Indian journal of veterinary science and animal husbandry - Volume 9,
Year: 1939
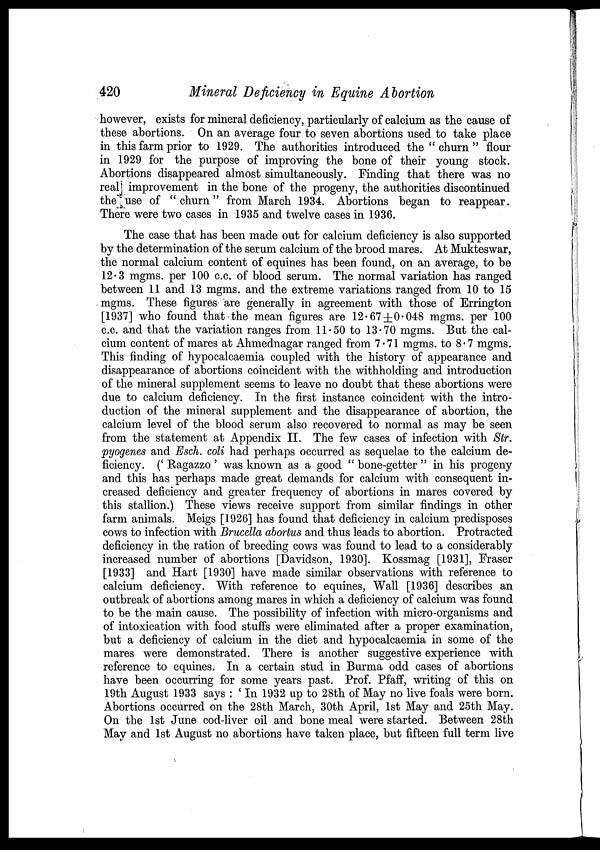
420
Mineral Deficiency in Equine Abortion
however, exists for mineral deficiency, particularly of calcium as the cause of
these abortions. On an average four to seven abortions used to take place
in this farm prior to 1929. The authorities introduced the " churn " flour
in 1929 for the purpose of improving the bone of their young stock.
Abortions disappeared almost simultaneously. Finding that there was no
real improvement in the bone of the progeny, the authorities discontinued
the use of "churn" from March 1934. Abortions began to reappear.
There were two cases in 1935 and twelve cases in 1936.
The case that has been made out for calcium deficiency is also supported
by the determination of the serum calcium of the brood mares. At Mukteswar,
the normal calcium content of equines has been found, on an average, to be
12.3 mgms. per 100 c.c. of blood serum. The normal variation has ranged
between 11 and 13 mgms. and the extreme variations ranged from 10 to 15
mgms. These figures are generally in agreement with those of Errington
[1937] who found that the mean figures are 12.67±0.048 mgms. per 100
c.c. and that the variation ranges from 11.50 to 13.70 mgms. But the cal-
cium content of mares at Ahmednagar ranged from 7.71 mgms. to 8.7 mgms.
This finding of hypocalcaemia coupled with the history of appearance and
disappearance of abortions coincident with the withholding and introduction
of the mineral supplement seems to leave no doubt that these abortions were
due to calcium deficiency. In the first instance coincident with the intro-
duction of the mineral supplement and the disappearance of abortion, the
calcium level of the blood serum also recovered to normal as may be seen
from the statement at Appendix II. The few cases of infection with Str.
pyogenes and Esch. coli had perhaps occurred as sequelae to the calcium de-
ficiency. (' Ragazzo ' was known as a good " bone-getter " in his progeny
and this has perhaps made great demands for calcium with consequent in-
creased deficiency and greater frequency of abortions in mares covered by
this stallion.) These views receive support from similar findings in other
farm animals. Meigs [1926] has found that deficiency in calcium predisposes
cows to infection with Brucella abortus and thus leads to abortion. Protracted
deficiency in the ration of breeding cows was found to lead to a considerably
increased number of abortions [Davidson, 1930]. Kossmag [1931], Fraser
[1933] and Hart [1930] have made similar observations with reference to
calcium deficiency. With reference to equines, Wall [1936] describes an
outbreak of abortions among mares in which a deficiency of calcium was found
to be the main cause. The possibility of infection with micro-organisms and
of intoxication with food stuffs were eliminated after a proper examination,
but a deficiency of calcium in the diet and hypocalcaemia in some of the
mares were demonstrated. There is another suggestive experience with
reference to equines. In a certain stud in Burma odd cases of abortions
have been occurring for some years past. Prof. Pfaff, writing of this on
19th August 1933 says : ' In 1932 up to 28th of May no live foals were born.
Abortions occurred on the 28th March, 30th April, 1st May and 25th May.
On the 1st June cod-liver oil and bone meal were started. Between 28th
May and 1st August no abortions have taken place, but fifteen full term live